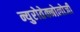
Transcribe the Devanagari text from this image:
न्युरोतेक्नोलोजी